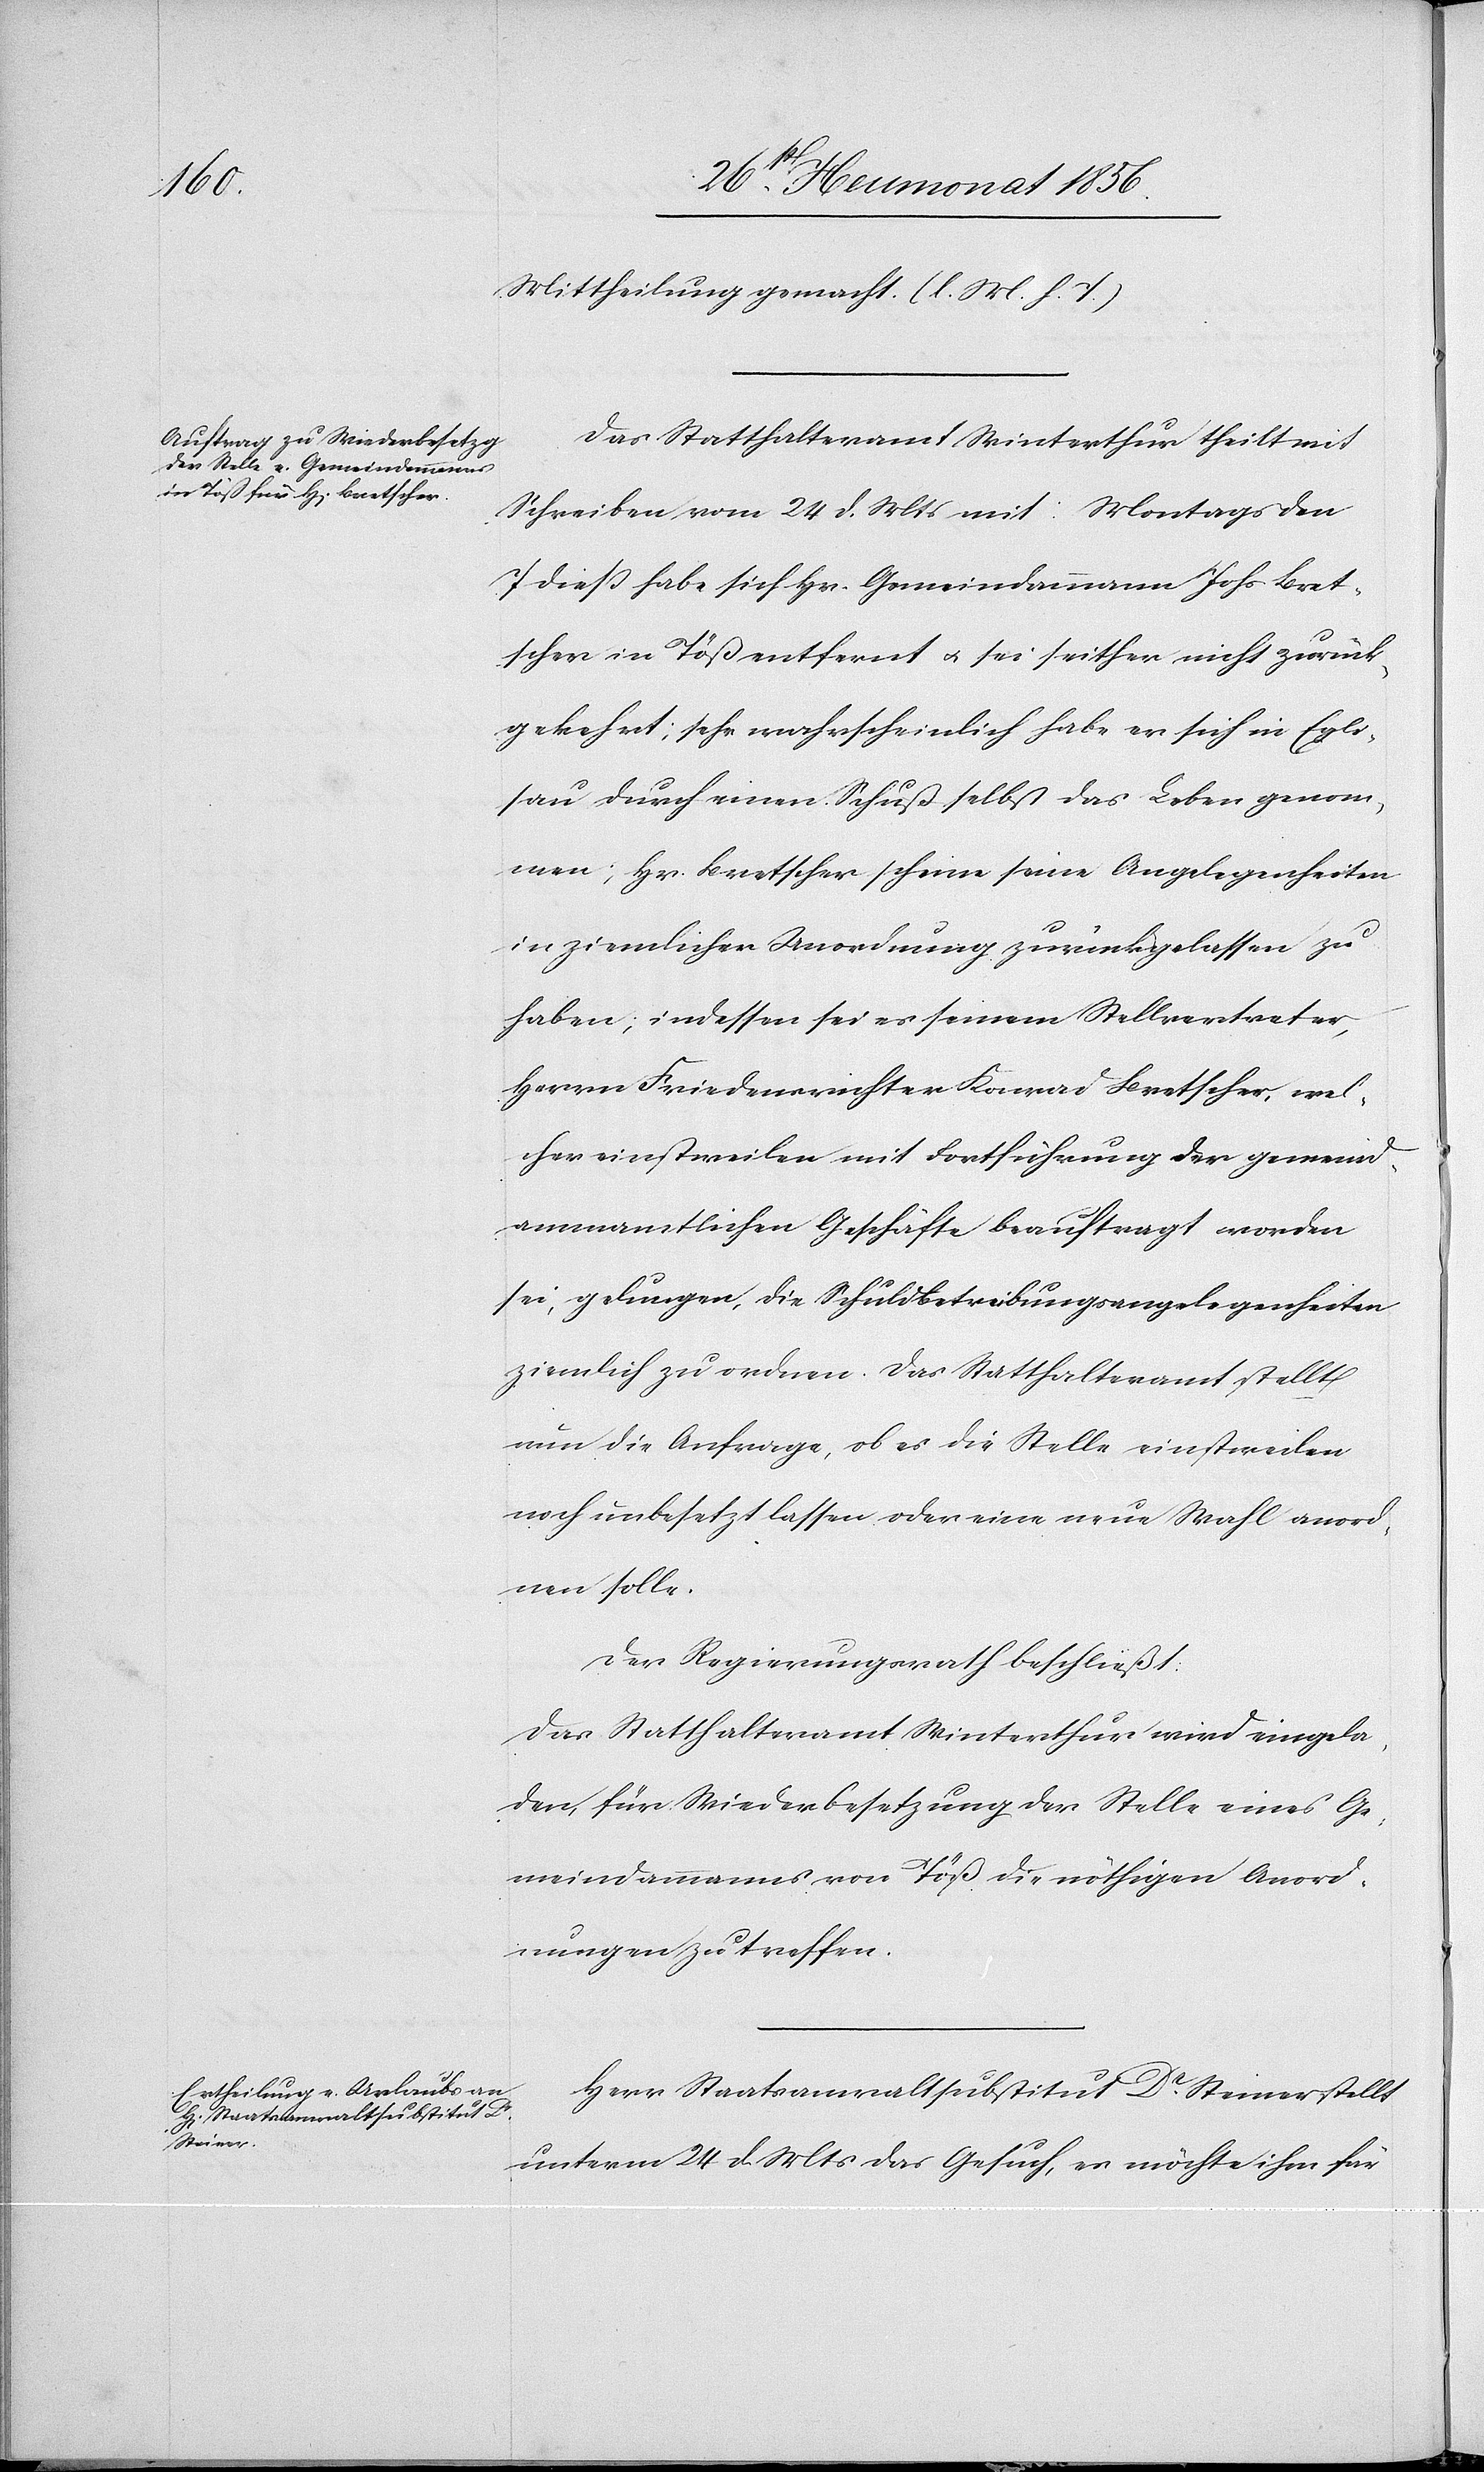
Mittheilung gemacht. (l. M. h. T.)
Das Statthalteramt Winterthur theilt mit
Schreiben vom 24 d. Mts mit: Montags den
7 diess habe sich Hr. Gemeindammann Johs. Bret¬
scher in Töß entfernt u. sei seither nicht zurück¬
gekehrt; sehr wahrscheinlich habe er sich in Egli¬
sau durch einen Schuß selbst das Leben genom¬
men; Hr. Bretscher scheine seine Angelegenheiten
in ziemlicher Unordnung zurückgelassen zu
haben; indessen sei es seinem Stellvertreter,
Herrn Friedensrichter Konrad Bretscher, wel¬
cher einstweilen mit Fortführung der gemeind¬
ammamtlichen Geschäfte beauftragt worden
sei, gelungen, die Schuldbetreibungsangelegenheiten
ziemlich zu ordnen. Das Statthalteramt stellt
nun die Anfrage, ob es die Stelle einstweilen
noch unbesetzt lassen oder eine neue Wahl anord¬
nen solle.
Der Regierungsrath beschließt:
Das Statthalteramt Winterthur wird eingela¬
den, für Wiederbesetzung der Stelle eines Ge¬
meindammanns von Töß die nöthigen Anord¬
nungen zu treffen.
Herr Staatsanwaltsubstitut Dr Steiner stellt
unterm 24 d. Mts das Gesuch, es möchte ihm für